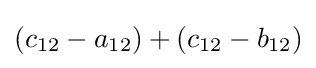
(c_{12}-a_{12})+(c_{12}-b_{12})